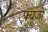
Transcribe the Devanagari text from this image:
फ़्यूजी